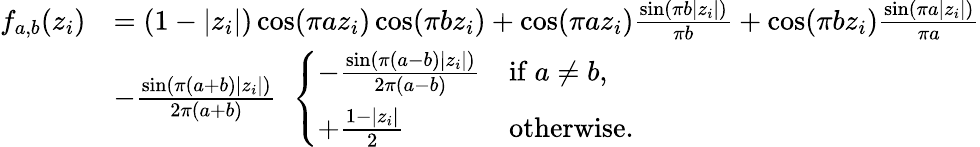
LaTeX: \begin{array}{rl}{f_{a,b}(z_{i})}&{=(1-|z_{i}|)\cos(\pi az_{i})\cos(\pi bz_{i})+\cos(\pi az_{i})\frac{\sin(\pi b|z_{i}|)}{\pi b}+\cos(\pi bz_{i})\frac{\sin(\pi a|z_{i}|)}{\pi a}}\\ &{-\frac{\sin(\pi(a+b)|z_{i}|)}{2\pi(a+b)}\; \; \left\{ \begin{array}{ll}{-\frac{\sin(\pi(a-b)|z_{i}|)}{2\pi(a-b)}}&{\mathrm{if~}a\neq b,}\\ {+\frac{1-|z_{i}|}{2}}&{\mathrm{otherwise.}}\end{array}\right.}\end{array}